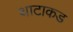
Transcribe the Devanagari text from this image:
थाटाकड